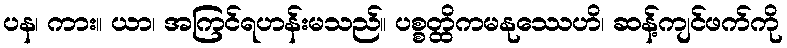
ပန၊ ကား။ ယာ၊ အကြင်ရဟန်းမသည်။ ပစ္စတ္ထိကမနုဿေဟိ၊ ဆန့်ကျင်ဖက်ကို